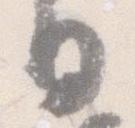
日